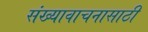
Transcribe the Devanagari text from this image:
संख्यावाचनासाठी